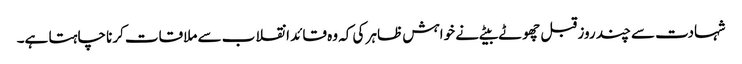
شہادت سے چند روز قبل چھوٹے بیٹے نے خواہش ظاہر کی کہ وہ قائد انقلاب سے ملاقات کرنا چاہتا ہے۔